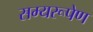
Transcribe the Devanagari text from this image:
सम्यरूपेण